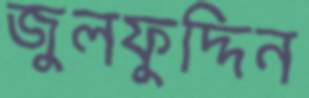
জুলফুদ্দিন